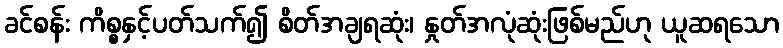
ခင်စန်း ကိစ္စနှင့်ပတ်သက်၍ စိတ်အချရဆုံး၊ နှုတ်အလုံဆုံးဖြစ်မည်ဟု ယူဆရသော